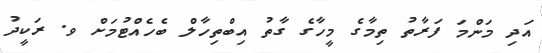
އަދި މަންމަ ފަރާތު ތިމާގެ މީހާގެ ގާތު އިބްތިހާލް ބެހެއްޓުމަށް ވ. ރަކީދު